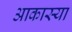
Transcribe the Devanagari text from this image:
आकास्या